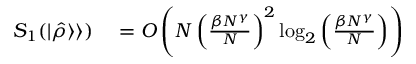
\begin{array} { r l } { S _ { 1 } ( \vert \hat { \rho } \rangle \rangle ) } & { { } = O \left( N \left( \frac { \beta N ^ { \gamma } } { N } \right) ^ { 2 } \log _ { 2 } { \left( \frac { \beta N ^ { \gamma } } { N } \right) } \right) } \end{array}